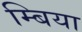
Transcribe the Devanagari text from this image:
म्बिया